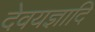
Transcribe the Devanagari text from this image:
देवयज्ञादि